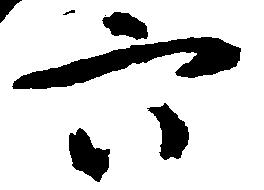
六